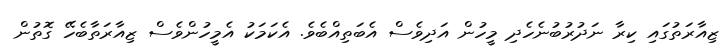
ޒިއާރަތުގައި ކިރާ ނަދުރުބުނެހެދި މީހުން އަދިވެސް އެބަތިއްބެވެ. އެކަމަކު އެމީހުންވެސް ޒިއާރަތާބެހޭ ގޮތުން